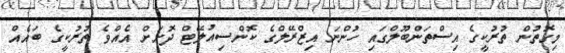
މިގޮތުން ތުރުކީގެ އިސްތަންބޫލްގައި ހުންނަ އިޒްރޭލްގެ ކޮންސިއުލޭޓް ދޮށަށް އެއްވެ ތުރުކީގެ ބައެއް